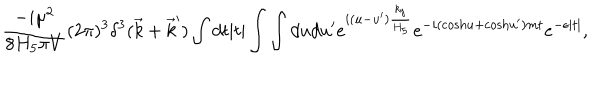
{ \frac { - i \mu ^ { 2 } } { 8 H _ { 5 } \pi V } } ( 2 \pi ) ^ { 3 } \delta ^ { 3 } ( \vec { k } + \vec { k } ^ { \prime } ) \int d t | t | \int \int d u d u ^ { \prime } e ^ { i ( u - u ^ { \prime } ) { \frac { k _ { y } } { H _ { 5 } } } } e ^ { - i ( \mathrm { c o s h } u + \mathrm { c o s h } u ^ { \prime } ) m t } e ^ { - \epsilon | t | } ,